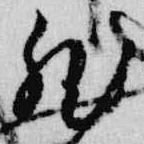
然